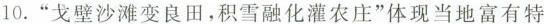
10.”戈壁沙滩变良田，积雪融化灌农庄”体现当地富有特